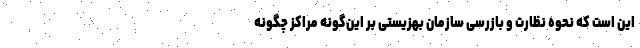
این است که نحوه نظارت و بازرسی سازمان بهزیستی بر این‌گونه مراکز چگونه